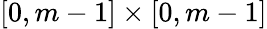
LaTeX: [0,m-1]\times[0,m-1]